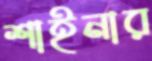
শাইনার